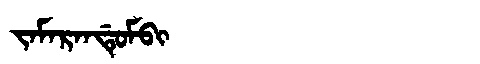
Manchu: ᠵᠠᠮᠠᡵᠠᠨᡩᡠᠮᠪᡳ
Romanization: JAMARANDUMBI